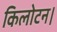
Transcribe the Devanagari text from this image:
किलोटन।